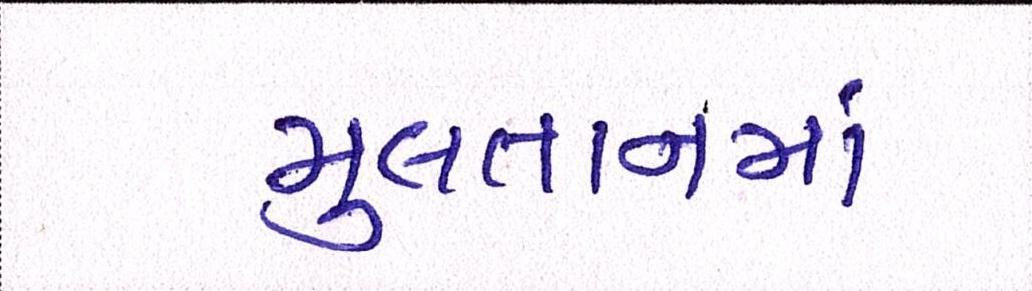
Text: મુલતાનમાં